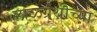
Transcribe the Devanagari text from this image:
लाळग्रंथीच्या